kultuurilooline_kollektsioon, lk 13
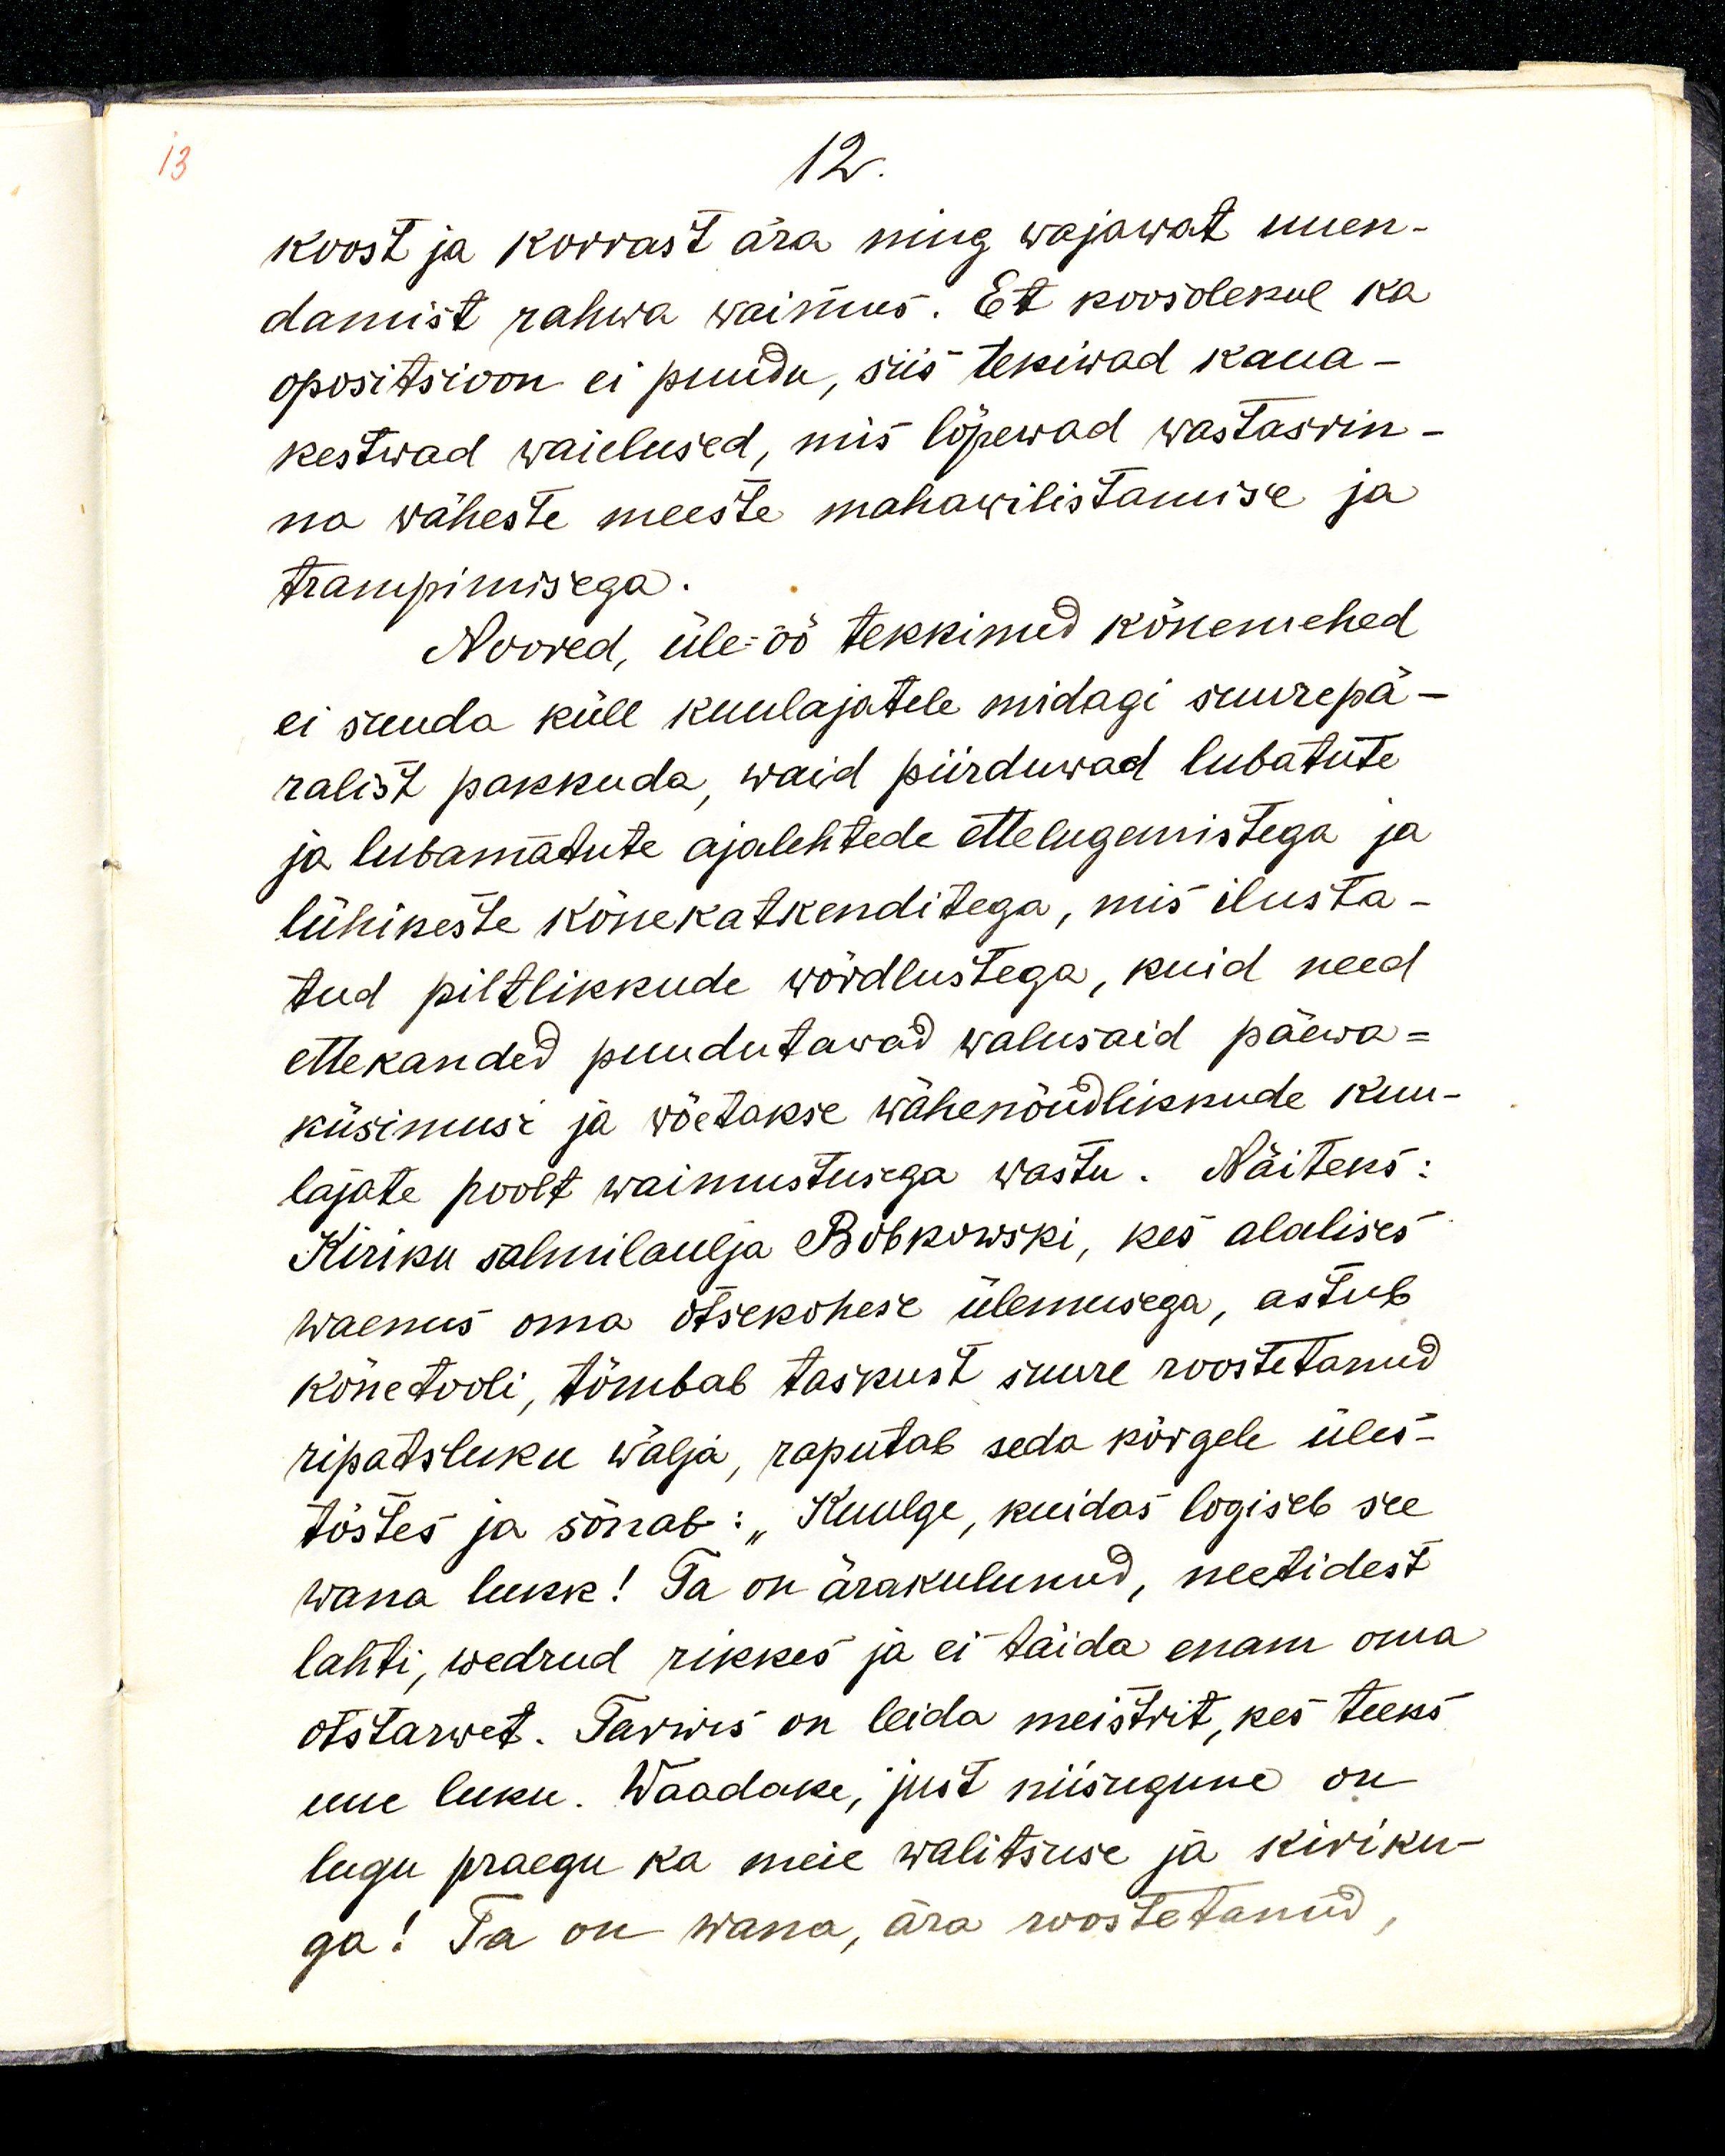
12.
koost ja korrast ära ning wajavat uuen-
damist rahwa waimus. Et koosolekul ka
opositsioon ei puudu, siis tekivad kaua-
kestvad waidlused, mis lõpevad wastasrin-
na wäheste meeste mahawilistamise ja 
trampimisega.
Noored, üle öö tekkinud kõnemehed
ei suuda küll kuulajatele midagi suurepä-
ralist pakkuda, waid piirduwad lubatute
ja lubamatute ajalehtede ettelugemistega ja
lühikeste kõnekatkenditega, mis ilusta-
tud piltlikkude wõrdlustega, kuid need
ettekanded puudutawad walusaid päeva-
küsimusi ja wõetakse wähenõudlikkude kuu-
lajate poolt waimustusega wastu. Näiteks:
Kiriku salmilaulja Bobkowski, kes alalises
waenus oma otsekohese ülemusega, astub
kõnetooli, tõmbab taskust suure roostetanud
ripatsluku wälja, raputab seda kõrgele üles
tõstes ja sõnab: „Kuulge, kuidas logiseb see
wana lukk! Ta on ärakulunud, neetidest
lahti, wedrud rikkes ja ei täida enam oma
otstarwet. Tarwis on leida meistrit, kes teeks
uue luku. Waadake, just niisugune on
lugu praegu ka meie walitsuse ja kiriku-
ga! Ta on wana, ära roostetanud,